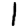
Digit: 1